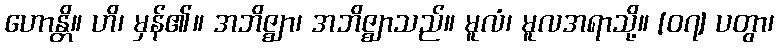
ဟောန္တိ။ ဟိ၊ မှန်၏။ အဘိဇ္ဈာ၊ အဘိဇ္ဈာသည်။ မူလံ၊ မူလအရာသို့။ [၀၇] ပတွာ၊